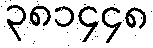
၃၈၁၄၄၈